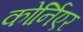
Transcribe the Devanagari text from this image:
कोर्निएर